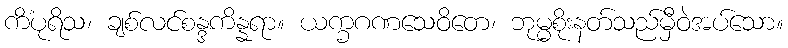
ကိံပုရိသ၊ ချစ်လင်စန္ဒကိန္နရာ။ ယက္ခဂဏသေဝိတေ၊ ဘုမ္မစိုးနတ်သည်မှီဝဲအပ်သော။